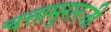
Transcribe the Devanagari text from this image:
चत्तामुरारजी